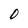
Character: O